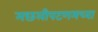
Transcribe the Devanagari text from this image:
मछलीपटणमच्या